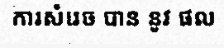
ការសំរេច បាន នូវ ផល